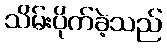
သိမ်းပိုက်ခဲ့သည်